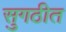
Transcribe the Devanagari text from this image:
सुगठीत